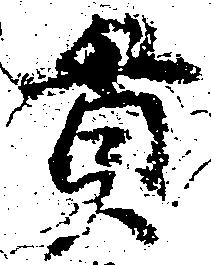
貫